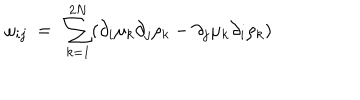
LaTeX: \omega _ { i j } \ = \ \sum _ { k = 1 } ^ { 2 N } ( \partial _ { i } \mu _ { k } \partial _ { j } \rho _ { k } - \partial _ { j } \mu _ { k } \partial _ { i } \rho _ { k } )